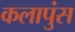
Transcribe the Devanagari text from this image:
कलापुंस